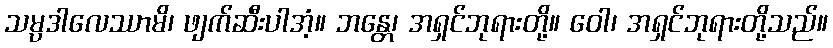
သမ္ပဒါလေဿာမိ၊ ဖျက်ဆီးပါအံ့။ ဘန္တေ၊ အရှင်ဘုရားတို့။ ဝေါ၊ အရှင်ဘုရားတို့သည်။